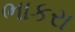
ભાકરા